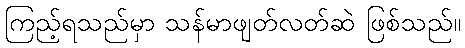
ကြည့်ရသည်မှာ သန်မာဖျတ်လတ်ဆဲ ဖြစ်သည်။